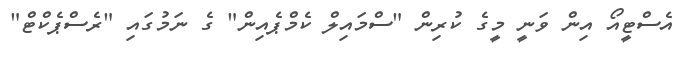
އެސްޓީއޯ އިން ވަނީ މީގެ ކުރިން "ސްމައިލް ކެމްޕެއިން" ގެ ނަމުގައި "ރެސްޕެކްޓް"